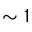
\sim 1